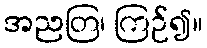
အညတြ၊ ကြဉ်၍။